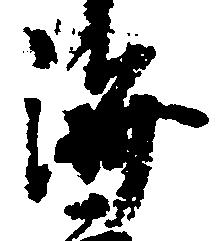
済